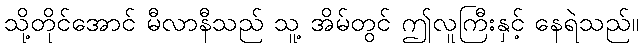
သို့တိုင်အောင် မီလာနီသည် သူ့ အိမ်တွင် ဤလူကြီးနှင့် နေရဲသည်။